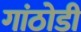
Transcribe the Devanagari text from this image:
गांठोडी